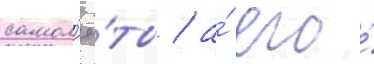
самол'ё́ты / а́ его́